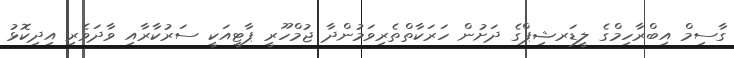
ގާސިމް އިބްރާހިމްގެ ލީޑަރޝިޕްގެ ދަށުން ހަރަކާތްތެރިވަމުންދާ ޖުމްހޫރީ ޕާޓީއަކީ ސަރުކާރާއި ވާދަވެރި އިދިކޮޅު